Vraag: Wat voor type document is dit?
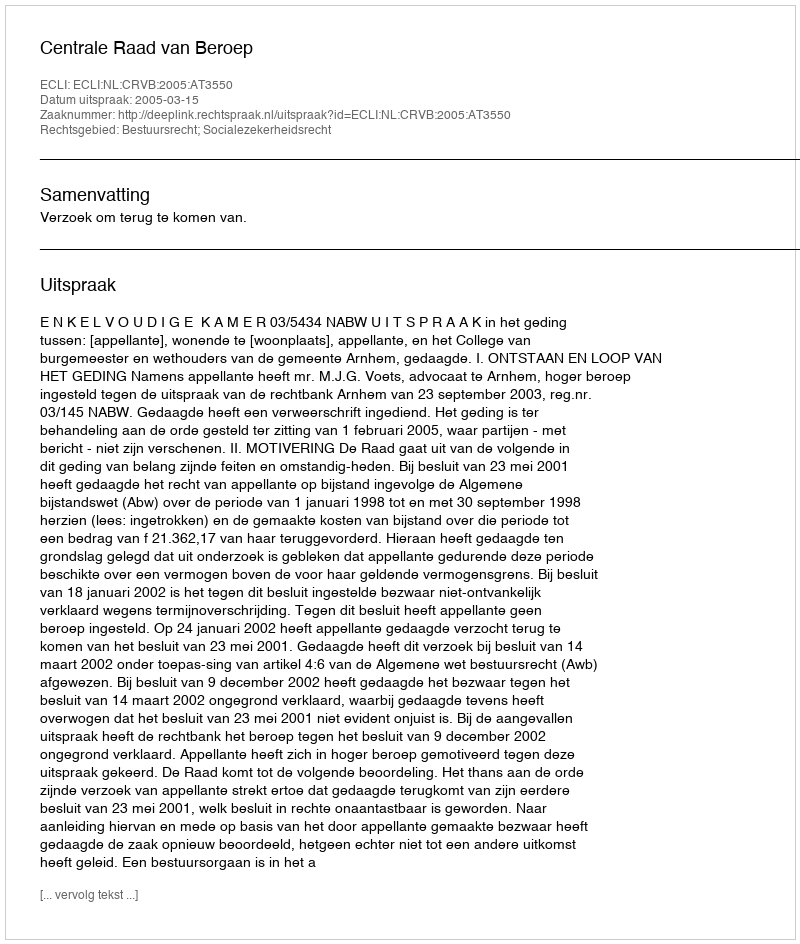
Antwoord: Uitspraak